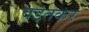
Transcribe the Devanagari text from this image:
वडतकर